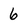
Character: 6